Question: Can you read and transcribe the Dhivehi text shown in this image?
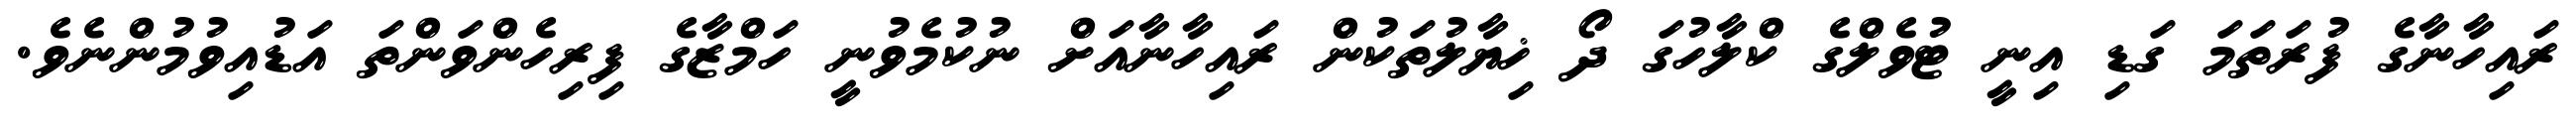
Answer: ރައިހާނާގެ ފުރަތަމަ ގަޑި އިނީ ޓުވެލްގެ ކްލާހުގަ ދޯ ޚިޔާލުތަކުން ރައިހާނާއަށް ނުކުމެވުނީ ހަމްޒާގެ ފިރިހެންވަންތަ އަޑުއިވުމުންނެވެ.